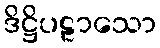
ဒိဋ္ဌိပဠာသော